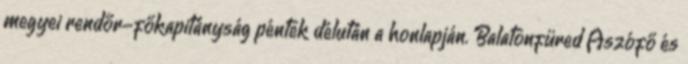
megyei rendőr-főkapitányság péntek délután a honlapján. Balatonfüred Aszófő és